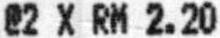
@2 X RM 2.20